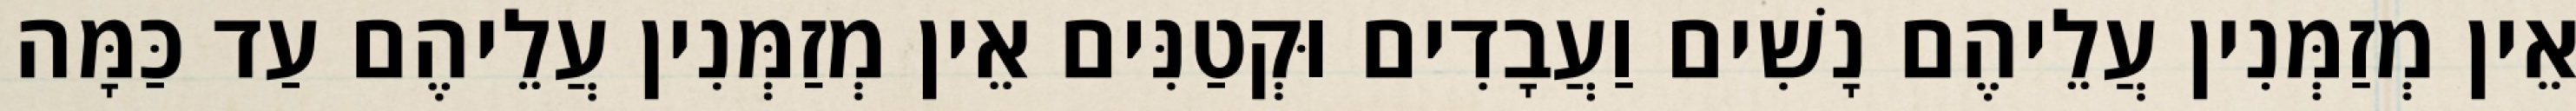
אֵין מְזַמְּנִין עֲלֵיהֶם נָשִׁים וַעֲבָדִים וּקְטַנִּים אֵין מְזַמְּנִין עֲלֵיהֶם עַד כַּמָּה